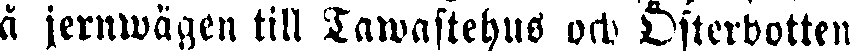
å jernwägen till Tawastehus och Österbotten